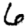
Digit: 6